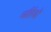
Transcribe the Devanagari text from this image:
व्यतिरेकों